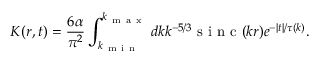
K ( r , t ) = \frac { 6 \alpha } { \pi ^ { 2 } } \int _ { k _ { \mathrm { ~ m ~ i ~ n ~ } } } ^ { k _ { \mathrm { ~ m ~ a ~ x ~ } } } d k k ^ { - 5 / 3 } \mathrm { ~ s ~ i ~ n ~ c ~ } ( k r ) e ^ { - | t | / \tau ( k ) } .